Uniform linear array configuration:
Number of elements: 4
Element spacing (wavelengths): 0.75
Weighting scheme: cosine
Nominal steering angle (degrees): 60
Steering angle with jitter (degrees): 60.407
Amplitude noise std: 0.05
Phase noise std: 0.05

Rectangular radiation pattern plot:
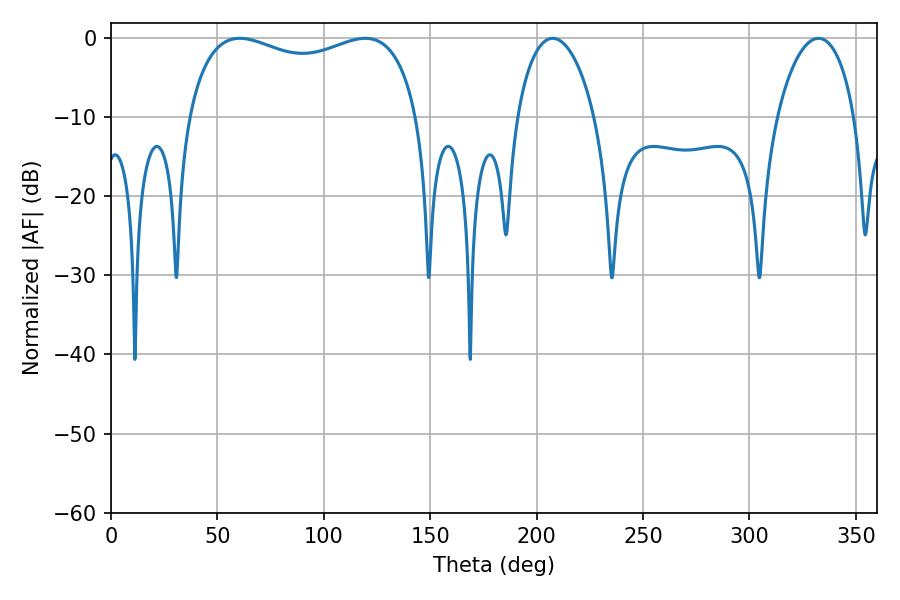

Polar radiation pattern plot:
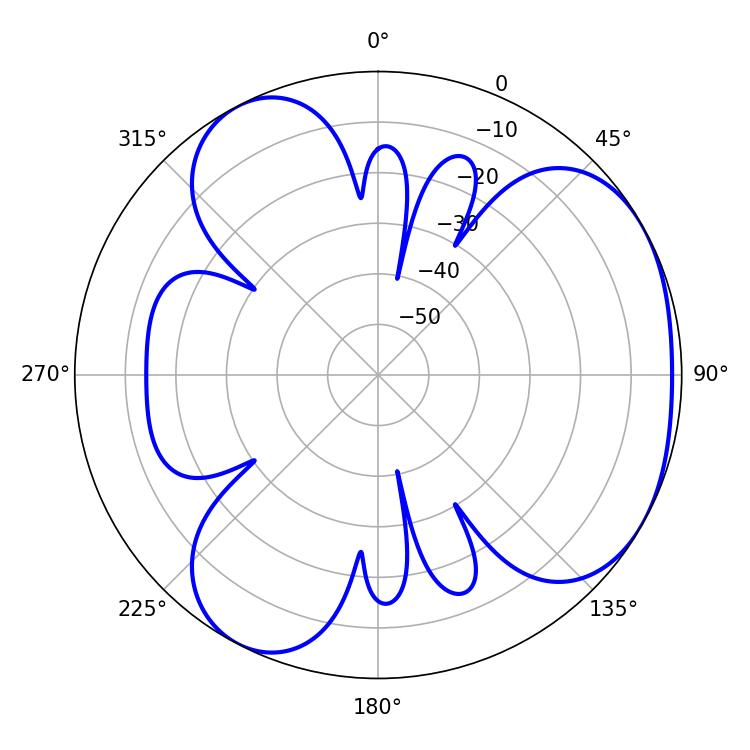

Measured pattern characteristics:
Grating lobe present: TRUE
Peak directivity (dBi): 3.908
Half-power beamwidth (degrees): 89.28
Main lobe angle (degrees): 60.48